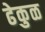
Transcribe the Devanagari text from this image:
ढेकुळ